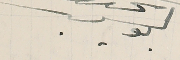
بولس